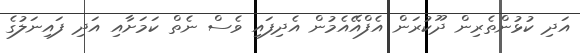
އަދި ކުޅުންތެރިން ދޫކުރަން އެފްއޭއެމުން އެދިފައި ވެސް ނެތް ކަމަށާއި އަދި ފައިނަލުގެ